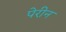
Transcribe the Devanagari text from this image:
पेरीन